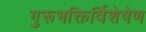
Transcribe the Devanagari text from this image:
गुरूभक्तिर्विशेषेण